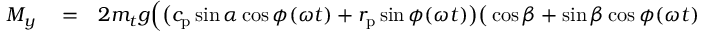
\begin{array} { r l r } { M _ { y } } & { { } = } & { 2 m _ { t } g \Big ( \big ( c _ { \mathrm { p } } \sin \alpha \cos \phi ( \omega t ) + r _ { \mathrm { p } } \sin \phi ( \omega t ) \big ) \big ( \cos \beta + \sin \beta \cos \phi ( \omega t ) \: \mathrm { s g n } ( \cos \omega t ) \big ) - } \end{array}